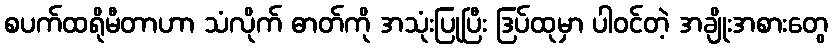
စပက်ထရိုမီတာဟာ သံလိုက် ဓာတ်ကို အသုံးပြုပြီး ဒြပ်ထုမှာ ပါဝင်တဲ့ အချိုးအစားတွေ